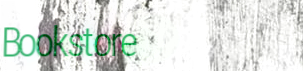
Bookstore